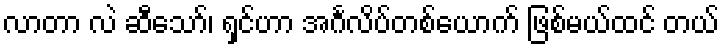
လာတာ လဲ ဆီသော်၊ ရှင်ဟာ အင်္ဂလိပ်တစ်ယောက် ဖြစ်မယ်ထင် တယ်